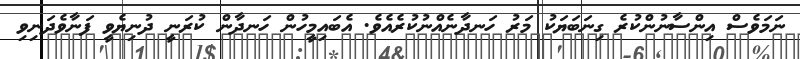
ނަމަވެސް އިންސާނުންކުރެ ގިނަބަޔަކު މަރު ހަނދާނެއްނުކުރެއެވެ. އެބައިމީހުން ހަނދާން ކުރަނީ ދުނިޔެވީ ފަނާވެދަނިވި